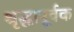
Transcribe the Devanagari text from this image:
श्रृद्धापूर्वक